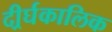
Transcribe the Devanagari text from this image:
दीर्र्घकालिक